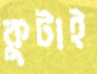
কুটাই